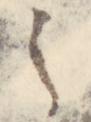
之